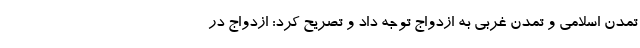
تمدن اسلامی و تمدن غربی به ازدواج توجه داد و تصریح کرد: ازدواج در